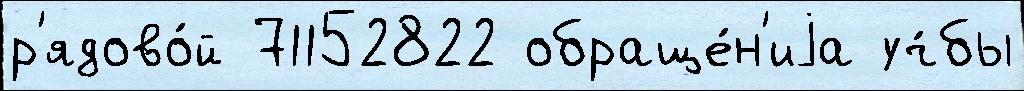
р'ядово́й 71152822 обраще́н'иjа уч́бы